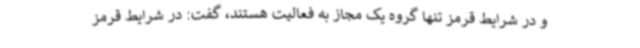
و در شرایط قرمز تنها گروه یک مجاز به فعالیت هستند، گفت: در شرایط قرمز